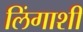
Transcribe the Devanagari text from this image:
लिंगाशी